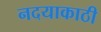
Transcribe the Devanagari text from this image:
नदयाकाठी